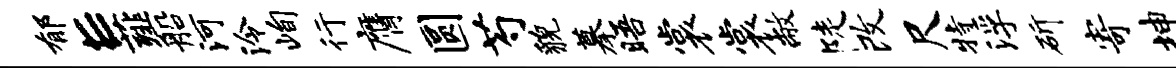
郁E薤船河泠峋行膺圆芍貌摹晤裳裳敝陡改尺特浮斫寄坤